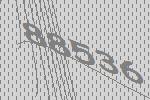
88536